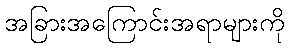
အခြားအကြောင်းအရာများကို